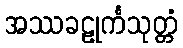
အဿခဠုင်္ကသုတ္တံ